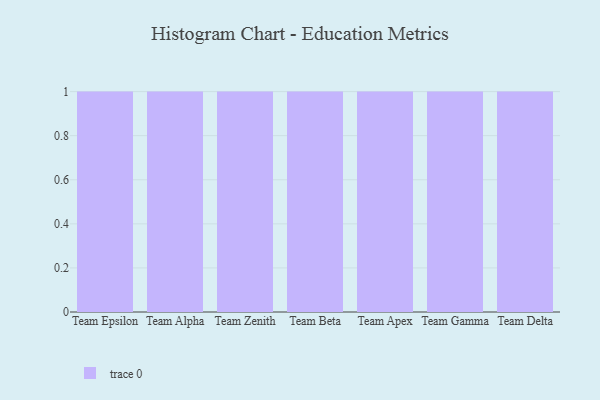
{"axis": {"x": "Team", "y": "Active Users"}, "legend": [""], "data": [{"x": "Team Epsilon", "y": 30, "type": ""}, {"x": "Team Alpha", "y": 71, "type": ""}, {"x": "Team Zenith", "y": 89, "type": ""}, {"x": "Team Beta", "y": 96, "type": ""}, {"x": "Team Apex", "y": 54, "type": ""}, {"x": "Team Gamma", "y": 4, "type": ""}, {"x": "Team Delta", "y": 68, "type": ""}]}